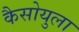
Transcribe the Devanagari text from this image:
कैसोयुला